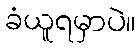
ခံယူရမှာပဲ။